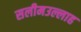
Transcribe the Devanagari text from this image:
सलीमउल्लाह